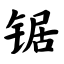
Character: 锯